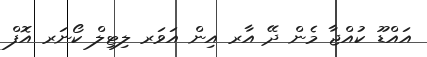
އައްޑޫ ކުއްޖާ މެން ދޭ އާރ އިން އަވަރ ލިޓިލް ކޯނަރ އޮފް